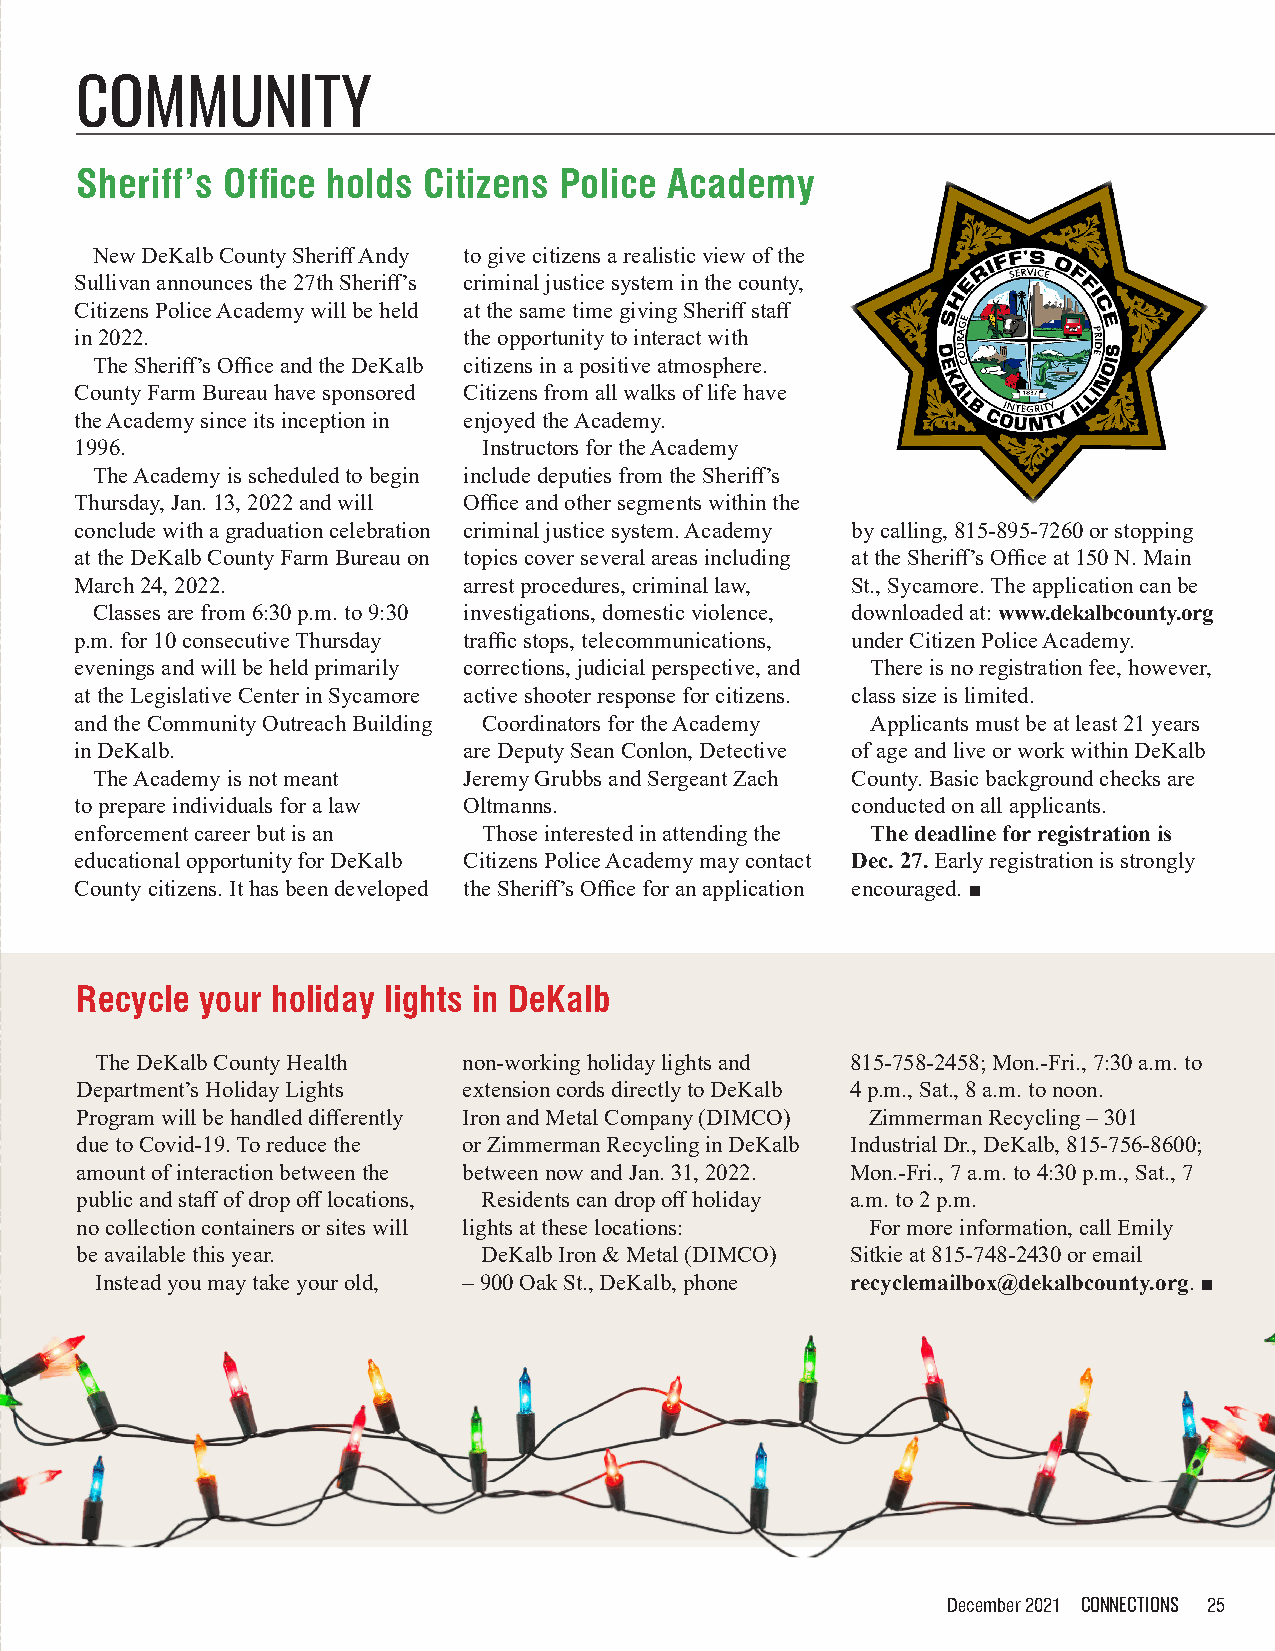
COMMUNITY
 Sheriff’s Office holds Citizens Police Academy
 New DeKalb County Sheriff Andy to give citizens a realistic view of the
 Sullivan announces the 27th Sheriff’s criminal justice system in the county,
 Citizens Police Academy will be held at the same time giving Sheriff staff
 in 2022.                  the opportunity to interact with
 The Sheriff’s Office and the DeKalb citizens in a positive atmosphere.
 County Farm Bureau have sponsored Citizens from all walks of life have
 the Academy since its inception in enjoyed the Academy.
 1996.                      Instructors for the Academy
 The Academy is scheduled to begin include deputies from the Sheriff’s
 Thursday, Jan. 13, 2022 and will Office and other segments within the
 conclude with a graduation celebration criminal justice system. Academy by calling, 815-895-7260 or stopping
 at the DeKalb County Farm Bureau on topics cover several areas including at the Sheriff’s Office at 150 N. Main
 March 24, 2022.           arrest procedures, criminal law, St., Sycamore. The application can be
 Classes are from 6:30 p.m. to 9:30 investigations, domestic violence, downloaded at: www.dekalbcounty.org
 p.m. for 10 consecutive Thursday traffic stops, telecommunications, under Citizen Police Academy.
 evenings and will be held primarily corrections, judicial perspective, and There is no registration fee, however,
 at the Legislative Center in Sycamore active shooter response for citizens. class size is limited.
 and the Community Outreach Building Coordinators for the Academy Applicants must be at least 21 years
 in DeKalb.                are Deputy Sean Conlon, Detective of age and live or work within DeKalb
 The Academy is not meant Jeremy Grubbs and Sergeant Zach County. Basic background checks are
 to prepare individuals for a law Oltmanns.         conducted on all applicants.
 enforcement career but is an Those interested in attending the The deadline for registration is
 educational opportunity for DeKalb Citizens Police Academy may contact Dec. 27. Early registration is strongly
 County citizens. It has been developed the Sheriff’s Office for an application encouraged. ■
 Recycle your holiday lights in DeKalb
 The DeKalb County Health non-working holiday lights and 815-758-2458; Mon.-Fri., 7:30 a.m. to
 Department’s Holiday Lights extension cords directly to DeKalb 4 p.m., Sat., 8 a.m. to noon.
 Program will be handled differently Iron and Metal Company (DIMCO) Zimmerman Recycling – 301
 due to Covid-19. To reduce the or Zimmerman Recycling in DeKalb Industrial Dr., DeKalb, 815-756-8600;
 amount of interaction between the between now and Jan. 31, 2022. Mon.-Fri., 7 a.m. to 4:30 p.m., Sat., 7
 public and staff of drop off locations, Residents can drop off holiday a.m. to 2 p.m.
 no collection containers or sites will lights at these locations: For more information, call Emily
 be available this year.    DeKalb Iron & Metal (DIMCO) Sitkie at 815-748-2430 or email
 Instead you may take your old, – 900 Oak St., DeKalb, phone recyclemailbox@dekalbcounty.org. ■
 Information provided by Sue Breese
 December 2021 CONNECTIONS 25